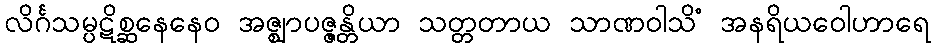
လိင်္ဂသမ္ပဋိစ္ဆနေနေဝ အဇ္ဈာပဇ္ဇန္တိယာ သတ္တတာယ သာဏဝါသိံ အနရိယဝေါဟာရေ